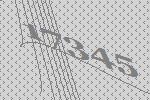
17345